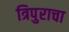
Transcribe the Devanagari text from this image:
त्रिपुराचा